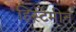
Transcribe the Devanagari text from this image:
हिस्टेमीन